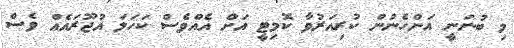
މި ބުނަނީ އަންހެނުން ކުރިއަރުވާ ކޮމިޓީ އަށް އެއްވެސް ކަހަލަ އުޖޫރައެއް ވެސް